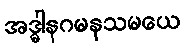
အဒ္ဓါနဂမနသမယေ